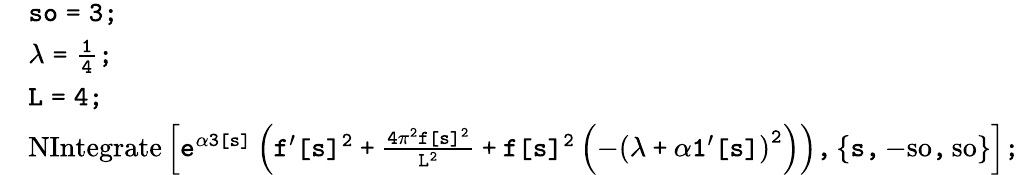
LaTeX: \begin{array}{rl}&{\tt{so=3;}}\\ &{\tt{\lambda=\frac{1}{4};}}\\ &{\tt{L=4;}}\\ &{\tt{\mathrm{NIntegrate}\left[e^{\alpha 3[s]}\left(f^{\prime}[s]^{2}+\frac{4\pi^{2}f[s]^{2}}{L^{2}}+f[s]^{2}\left(-\left(\lambda+\alpha 1^{\prime}[s]\right)^{2}\right)\right),\{ s,-\mathrm{so},\mathrm{so}\} \right];}}\end{array}